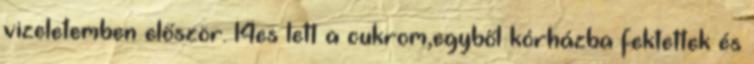
vizeletemben először. 14es lett a cukrom,egyből kórházba fektettek és